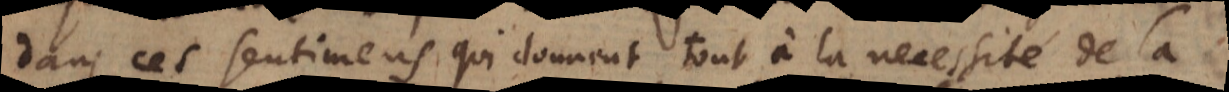
dans ces sentimens qui donnent tout à la necessité de la